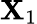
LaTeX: \mathbf{X}_{1}